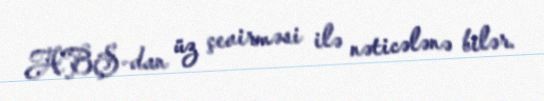
ABŞ-dan üz çevirməsi ilə nəticələnə bilər.